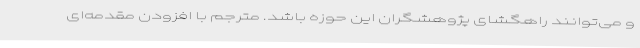
و می‌توانند راهگشای پژوهشگران این حوزه باشد. مترجم با افزودن مقدمه‌ای